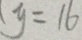
y = 1 6